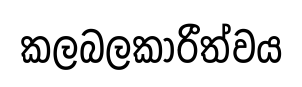
කලබලකාරීත්වය